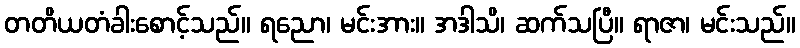
တတိယတံခါးစောင့်သည်။ ရညော၊ မင်းအား။ အဒါသိ၊ ဆက်သပြီ။ ရာဇာ၊ မင်းသည်။